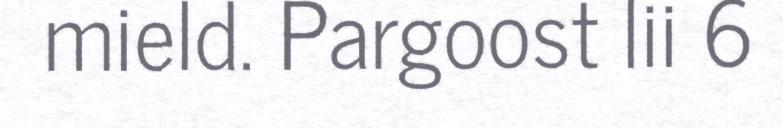
mield. Pargoost lii 6